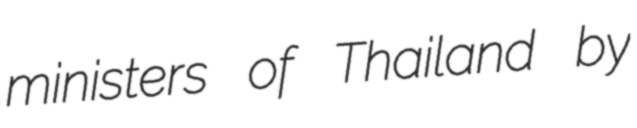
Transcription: ministers of Thailand by